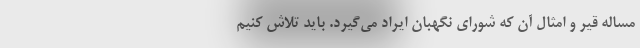
مساله قیر و امثال آن که شورای نگهبان ایراد می‌گیرد. باید تلاش کنیم